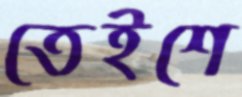
তেইশে